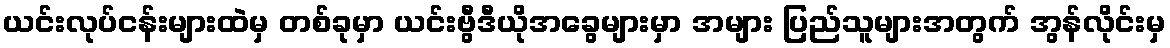
ယင်းလုပ်ငန်းများထဲမှ တစ်ခုမှာ ယင်းဗွီဒီယိုအခွေများမှာ အများ ပြည်သူများအတွက် အွန်လိုင်းမှ